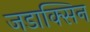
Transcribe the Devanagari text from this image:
जडाक्सिन